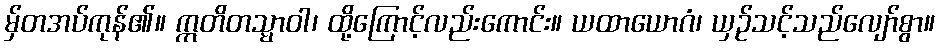
မှ်တအပ်ကုန်၏။ ဣတိတသ္မာဝါ၊ ထို့ကြောင့်လည်းကောင်း။ ယထာယောဂံ၊ ယှဉ်သင့်သည်လျော်စွာ။